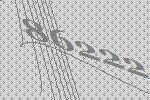
86222